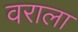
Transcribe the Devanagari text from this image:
वराला